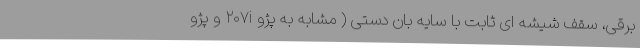
برقی، سقف شیشه ای ثابت با سایه بان دستی ( مشابه به پژو ۲۰۷i و پژو